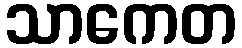
သာကေတ